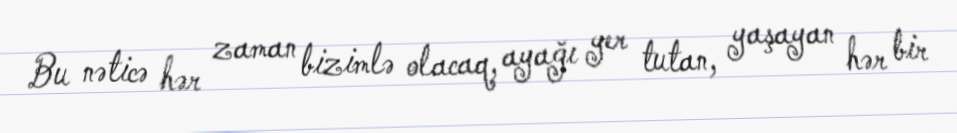
Bu nəticə hər zaman bizimlə olacaq, ayağı yer tutan, yaşayan hər bir